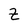
Character: Z